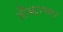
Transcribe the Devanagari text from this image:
लँब्डाच्या